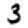
Digit: 3